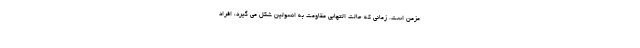
مزمن است. زمانی که حالت التهابی مقاومت به انسولین شکل می گیرد، افراد